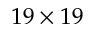
1 9 \times 1 9